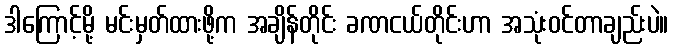
ဒါကြောင့်မို့ မင်းမှတ်ထားဖို့က အချိန်တိုင်း ခဏငယ်တိုင်းဟာ အသုံးဝင်တာချည်းပဲ။